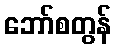
ဘော်စတွန်